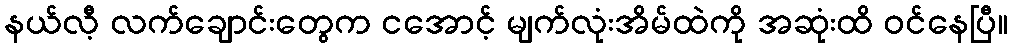
နယ်လီ့ လက်ချောင်းတွေက ငအောင့် မျက်လုံးအိမ်ထဲကို အဆုံးထိ ဝင်နေပြီ။